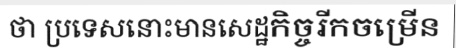
ថា ប្រទេសនោះមានសេដ្ឋកិច្ចរីកចម្រើន